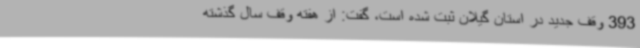
393 وقف جدید در استان گیلان ثبت شده است، گفت: از هفته وقف سال گذشته